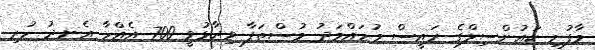
މާފުށި ކައުންސިލްގެ ރައީސް މުހައްމަދު މުސްތަފާ ވިދާޅުވީ 700 އެއްހާ އެނދު ހުރި